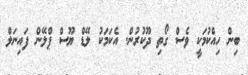
ބިން ހިއްކުމަކީ ވެސް ގޯތި ދޫކުރުން. އެކަމަކު ލޭޑް ޔޫސް ޕްލޭން ފައިނަލް